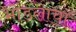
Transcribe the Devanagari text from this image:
भोंडलाचा